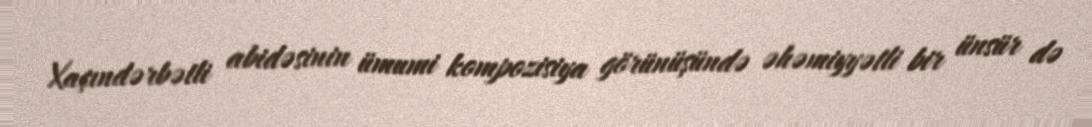
Xaçındərbətli abidəsinin ümumi kompozisiya görünüşündə əhəmiyyətli bir ünsür də